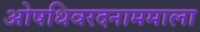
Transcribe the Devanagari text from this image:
ओषधिवरदनाममाला